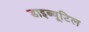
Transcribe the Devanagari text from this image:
डाइब्यूटिल